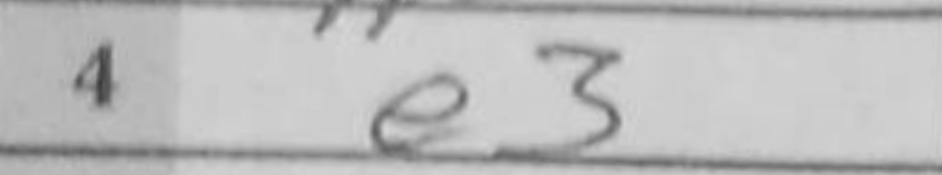
Transcription: e3